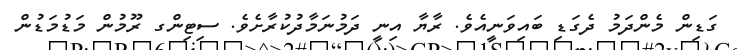
ގަޑިން މެންދަމު ދެގަޑި ބައިވަނީއެވެ. ރާޔާ އިނީ ދަމުނަމާދުކުރާށެވެ. ސިޓިންގ ރޫމުން މަޑުމަޑުން